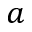
a